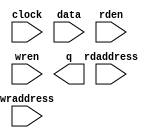
module delay_block (
	clock,
	data,
	rdaddress,
	rden,
	wraddress,
	wren,
	q);

	input	  clock;
	input	[8:0]  data;
	input	[12:0]  rdaddress;
	input	  rden;
	input	[12:0]  wraddress;
	input	  wren;
	output	[8:0]  q;
`ifndef ALTERA_RESERVED_QIS
// synopsys translate_off
`endif
	tri1	  clock;
	tri1	  rden;
	tri0	  wren;
`ifndef ALTERA_RESERVED_QIS
// synopsys translate_on
`endif

endmodule